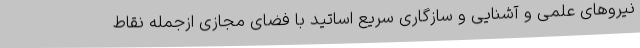
نیروهای علمی و آشنایی و سازگاری سریع اساتید با فضای مجازی ازجمله نقاط